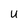
Character: u